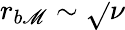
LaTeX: r_{b\mathscr{M}}\sim\sqrt{}{{\nu}}